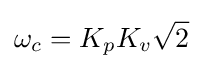
\omega _{c}=K_{p}K_{v}{\sqrt {2}}